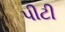
પીટી